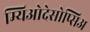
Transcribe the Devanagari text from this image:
म्यिओदेसोप्सिअ